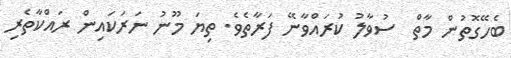
ބެހޭގޮތުން މާތް  ސުވާލު ކުރައްވާނޭ ފަރާތެވެ. ތިޔަ މޫނު ނަރަކައިން ރައްކާތެރި